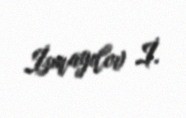
İsmayılov İ.